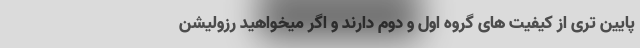
پایین تری از کیفیت های گروه اول و دوم دارند و اگر میخواهید رزولیشن